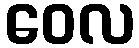
ဝေလ